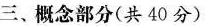
三、概念部分(共40分)